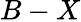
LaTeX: B-X